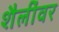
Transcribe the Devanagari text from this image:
शैलींवर